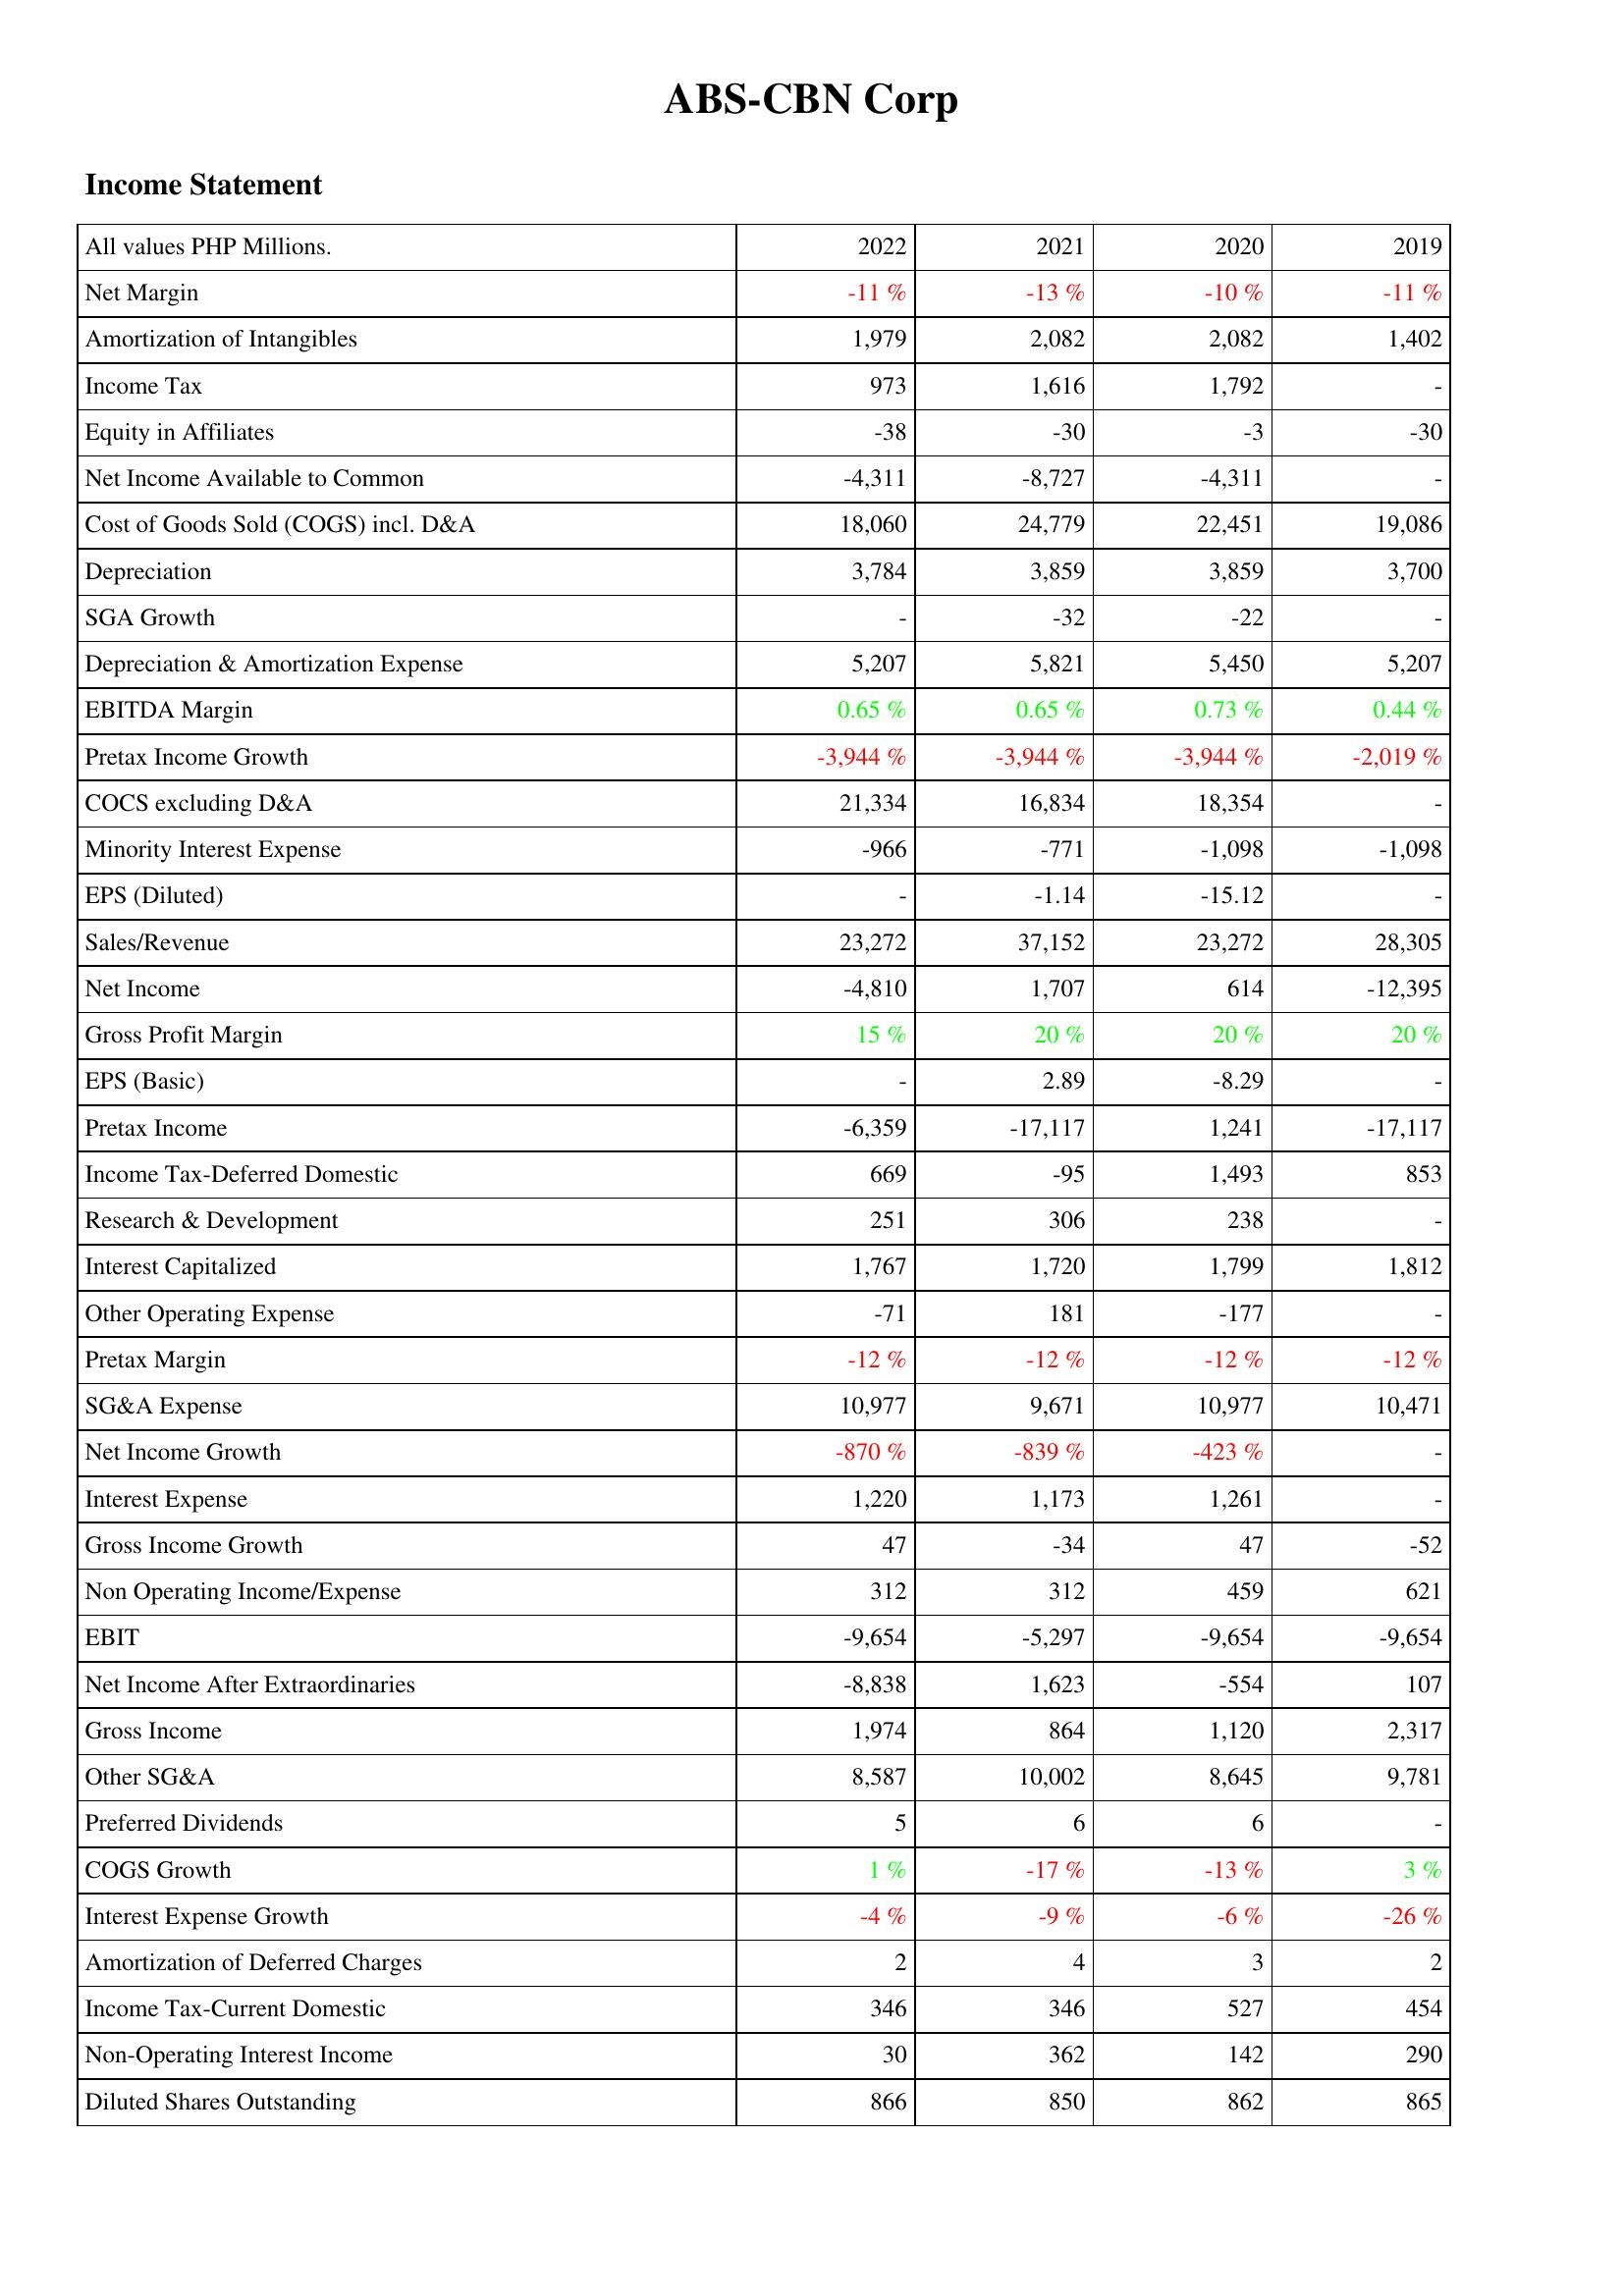
2022: Income Statement: Net Margin: -11 %
Amortization of Intangibles: 1,979
Income Tax: 973
Equity in Affiliates: -38
Net Income Available to Common: -4,311
Cost of Goods Sold (COGS) incl. D&A: 18,060
Depreciation: 3,784
SGA Growth: -
Depreciation & Amortization Expense: 5,207
EBITDA Margin: 0.65 %
Pretax Income Growth: -3,944 %
COCS excluding D&A: 21,334
Minority Interest Expense: -966
EPS (Diluted): -
Sales/Revenue: 23,272
Net Income: -4,810
Gross Profit Margin: 15 %
EPS (Basic): -
Pretax Income: -6,359
Income Tax-Deferred Domestic: 669
Research & Development: 251
Interest Capitalized: 1,767
Other Operating Expense: -71
Pretax Margin: -12 %
SG&A Expense: 10,977
Net Income Growth: -870 %
Interest Expense: 1,220
Gross Income Growth: 47
Non Operating Income/Expense: 312
EBIT: -9,654
Net Income After Extraordinaries: -8,838
Gross Income: 1,974
Other SG&A: 8,587
Preferred Dividends: 5
COGS Growth: 1 %
Interest Expense Growth: -4 %
Amortization of Deferred Charges: 2
Income Tax-Current Domestic: 346
Non-Operating Interest Income: 30
Diluted Shares Outstanding: 866
2021: Income Statement: Net Margin: -13 %
Amortization of Intangibles: 2,082
Income Tax: 1,616
Equity in Affiliates: -30
Net Income Available to Common: -8,727
Cost of Goods Sold (COGS) incl. D&A: 24,779
Depreciation: 3,859
SGA Growth: -32
Depreciation & Amortization Expense: 5,821
EBITDA Margin: 0.65 %
Pretax Income Growth: -3,944 %
COCS excluding D&A: 16,834
Minority Interest Expense: -771
EPS (Diluted): -1.14
Sales/Revenue: 37,152
Net Income: 1,707
Gross Profit Margin: 20 %
EPS (Basic): 2.89
Pretax Income: -17,117
Income Tax-Deferred Domestic: -95
Research & Development: 306
Interest Capitalized: 1,720
Other Operating Expense: 181
Pretax Margin: -12 %
SG&A Expense: 9,671
Net Income Growth: -839 %
Interest Expense: 1,173
Gross Income Growth: -34
Non Operating Income/Expense: 312
EBIT: -5,297
Net Income After Extraordinaries: 1,623
Gross Income: 864
Other SG&A: 10,002
Preferred Dividends: 6
COGS Growth: -17 %
Interest Expense Growth: -9 %
Amortization of Deferred Charges: 4
Income Tax-Current Domestic: 346
Non-Operating Interest Income: 362
Diluted Shares Outstanding: 850
2020: Income Statement: Net Margin: -10 %
Amortization of Intangibles: 2,082
Income Tax: 1,792
Equity in Affiliates: -3
Net Income Available to Common: -4,311
Cost of Goods Sold (COGS) incl. D&A: 22,451
Depreciation: 3,859
SGA Growth: -22
Depreciation & Amortization Expense: 5,450
EBITDA Margin: 0.73 %
Pretax Income Growth: -3,944 %
COCS excluding D&A: 18,354
Minority Interest Expense: -1,098
EPS (Diluted): -15.12
Sales/Revenue: 23,272
Net Income: 614
Gross Profit Margin: 20 %
EPS (Basic): -8.29
Pretax Income: 1,241
Income Tax-Deferred Domestic: 1,493
Research & Development: 238
Interest Capitalized: 1,799
Other Operating Expense: -177
Pretax Margin: -12 %
SG&A Expense: 10,977
Net Income Growth: -423 %
Interest Expense: 1,261
Gross Income Growth: 47
Non Operating Income/Expense: 459
EBIT: -9,654
Net Income After Extraordinaries: -554
Gross Income: 1,120
Other SG&A: 8,645
Preferred Dividends: 6
COGS Growth: -13 %
Interest Expense Growth: -6 %
Amortization of Deferred Charges: 3
Income Tax-Current Domestic: 527
Non-Operating Interest Income: 142
Diluted Shares Outstanding: 862
2019: Income Statement: Net Margin: -11 %
Amortization of Intangibles: 1,402
Income Tax: -
Equity in Affiliates: -30
Net Income Available to Common: -
Cost of Goods Sold (COGS) incl. D&A: 19,086
Depreciation: 3,700
SGA Growth: -
Depreciation & Amortization Expense: 5,207
EBITDA Margin: 0.44 %
Pretax Income Growth: -2,019 %
COCS excluding D&A: -
Minority Interest Expense: -1,098
EPS (Diluted): -
Sales/Revenue: 28,305
Net Income: -12,395
Gross Profit Margin: 20 %
EPS (Basic): -
Pretax Income: -17,117
Income Tax-Deferred Domestic: 853
Research & Development: -
Interest Capitalized: 1,812
Other Operating Expense: -
Pretax Margin: -12 %
SG&A Expense: 10,471
Net Income Growth: -
Interest Expense: -
Gross Income Growth: -52
Non Operating Income/Expense: 621
EBIT: -9,654
Net Income After Extraordinaries: 107
Gross Income: 2,317
Other SG&A: 9,781
Preferred Dividends: -
COGS Growth: 3 %
Interest Expense Growth: -26 %
Amortization of Deferred Charges: 2
Income Tax-Current Domestic: 454
Non-Operating Interest Income: 290
Diluted Shares Outstanding: 865